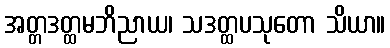
အတ္တဒတ္ထမဘိညာယ၊ သဒတ္ထပသုတော သိယာ။